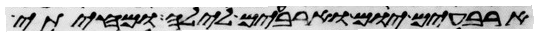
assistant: ארבעים יום וארבעים לילה ומחיתי